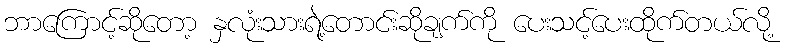
ဘာကြောင့်ဆိုတော့ နှလုံးသားရဲ့တောင်းဆိုချက်ကို ပေးသင့်ပေးထိုက်တယ်လို့